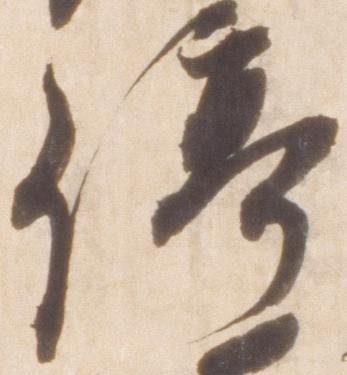
停